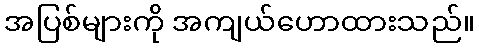
အပြစ်များကို အကျယ်ဟောထားသည်။